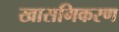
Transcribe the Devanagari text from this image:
खासगिकरण